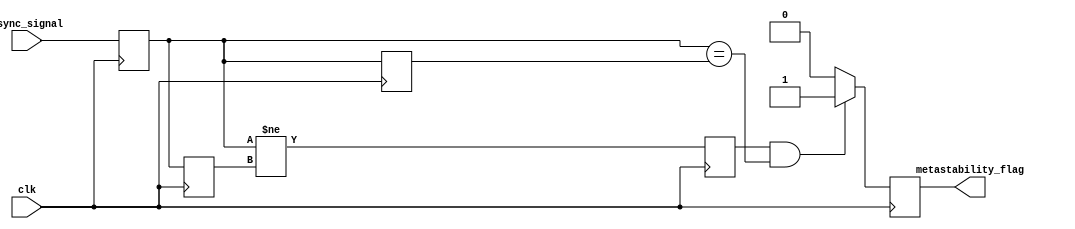
module metastability_detector (
    input wire clk,             // Clock signal
    input wire async_signal,    // Asynchronous input signal
    output reg metastability_flag // Indication of metastability
);

    // D flip-flop signals
    reg dff1_q, dff2_q;
    reg dff1_q_prev;           // Previous state of the first flip-flop
    reg pulse;                 // Signal to generate a pulse

    // D Flip-Flops
    always @(posedge clk) begin
        dff1_q <= async_signal; // Sample the asynchronous signal
        dff2_q <= dff1_q;       // Sample the output of the first DFF
    end

    // Pulse generation logic
    always @(posedge clk) begin
        pulse <= (dff1_q != dff1_q_prev); // Detect change in the first DFF
        dff1_q_prev <= dff1_q; // Store previous state of the first DFF
    end

    // Metastability detection logic
    always @(posedge clk) begin
        if (pulse && (dff1_q == dff2_q)) begin
            metastability_flag <= 1; // Metastability detected
        end else begin
            metastability_flag <= 0; // No metastability
        end
    end

endmodule